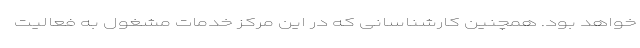
خواهد بود. همچنین کارشناسانی که در این مرکز خدمات مشغول به فعالیت